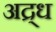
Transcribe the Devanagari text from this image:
अद्र्ध